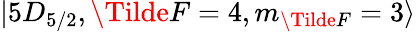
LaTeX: \lvert 5D_{5/2},\Tilde{F}=4,m_{\Tilde{F}}=3\rangle